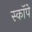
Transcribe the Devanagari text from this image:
स्कॉपे